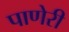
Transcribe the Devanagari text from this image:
पाणेरी